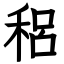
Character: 稆